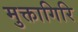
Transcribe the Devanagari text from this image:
मुक्तागिरि